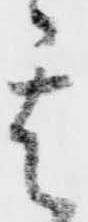
其